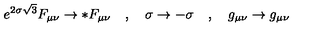
e ^ { 2 \sigma \sqrt { 3 } } F _ { \mu \nu } \rightarrow * F _ { \mu \nu } \quad , \quad \sigma \rightarrow - \sigma \quad , \quad g _ { \mu \nu } \rightarrow g _ { \mu \nu }